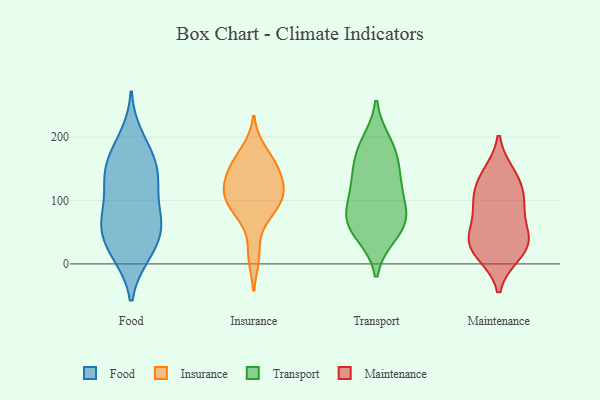
{"axis": {"x": "Headcount", "y": "Value"}, "legend": ["Food", "Insurance", "Maintenance", "Transport"], "data": [{"x": "", "y": 200, "type": "Food"}, {"x": "", "y": 77, "type": "Food"}, {"x": "", "y": 129, "type": "Food"}, {"x": "", "y": 14, "type": "Food"}, {"x": "", "y": 126, "type": "Food"}, {"x": "", "y": 122, "type": "Food"}, {"x": "", "y": 63, "type": "Food"}, {"x": "", "y": 77, "type": "Food"}, {"x": "", "y": 19, "type": "Food"}, {"x": "", "y": 167, "type": "Food"}, {"x": "", "y": 15, "type": "Food"}, {"x": "", "y": 57, "type": "Food"}, {"x": "", "y": 179, "type": "Food"}, {"x": "", "y": 147, "type": "Food"}, {"x": "", "y": 55, "type": "Food"}, {"x": "", "y": 149, "type": "Food"}, {"x": "", "y": 56, "type": "Food"}, {"x": "", "y": 179, "type": "Insurance"}, {"x": "", "y": 119, "type": "Insurance"}, {"x": "", "y": 120, "type": "Insurance"}, {"x": "", "y": 12, "type": "Insurance"}, {"x": "", "y": 106, "type": "Insurance"}, {"x": "", "y": 154, "type": "Insurance"}, {"x": "", "y": 71, "type": "Insurance"}, {"x": "", "y": 155, "type": "Insurance"}, {"x": "", "y": 95, "type": "Insurance"}, {"x": "", "y": 140, "type": "Insurance"}, {"x": "", "y": 95, "type": "Insurance"}, {"x": "", "y": 49, "type": "Transport"}, {"x": "", "y": 191, "type": "Transport"}, {"x": "", "y": 134, "type": "Transport"}, {"x": "", "y": 180, "type": "Transport"}, {"x": "", "y": 127, "type": "Transport"}, {"x": "", "y": 80, "type": "Transport"}, {"x": "", "y": 46, "type": "Transport"}, {"x": "", "y": 128, "type": "Transport"}, {"x": "", "y": 82, "type": "Transport"}, {"x": "", "y": 70, "type": "Transport"}, {"x": "", "y": 170, "type": "Transport"}, {"x": "", "y": 74, "type": "Transport"}, {"x": "", "y": 15, "type": "Maintenance"}, {"x": "", "y": 89, "type": "Maintenance"}, {"x": "", "y": 142, "type": "Maintenance"}, {"x": "", "y": 119, "type": "Maintenance"}, {"x": "", "y": 33, "type": "Maintenance"}, {"x": "", "y": 92, "type": "Maintenance"}, {"x": "", "y": 15, "type": "Maintenance"}, {"x": "", "y": 44, "type": "Maintenance"}, {"x": "", "y": 138, "type": "Maintenance"}, {"x": "", "y": 42, "type": "Maintenance"}, {"x": "", "y": 41, "type": "Maintenance"}, {"x": "", "y": 98, "type": "Maintenance"}]}